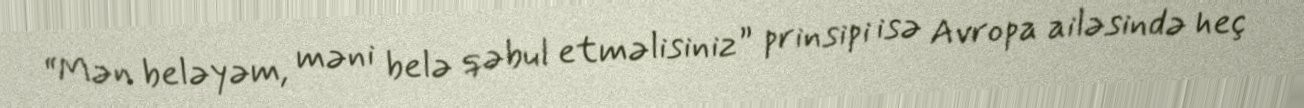
“Mən beləyəm, məni belə qəbul etməlisiniz” prinsipi isə Avropa ailəsində heç